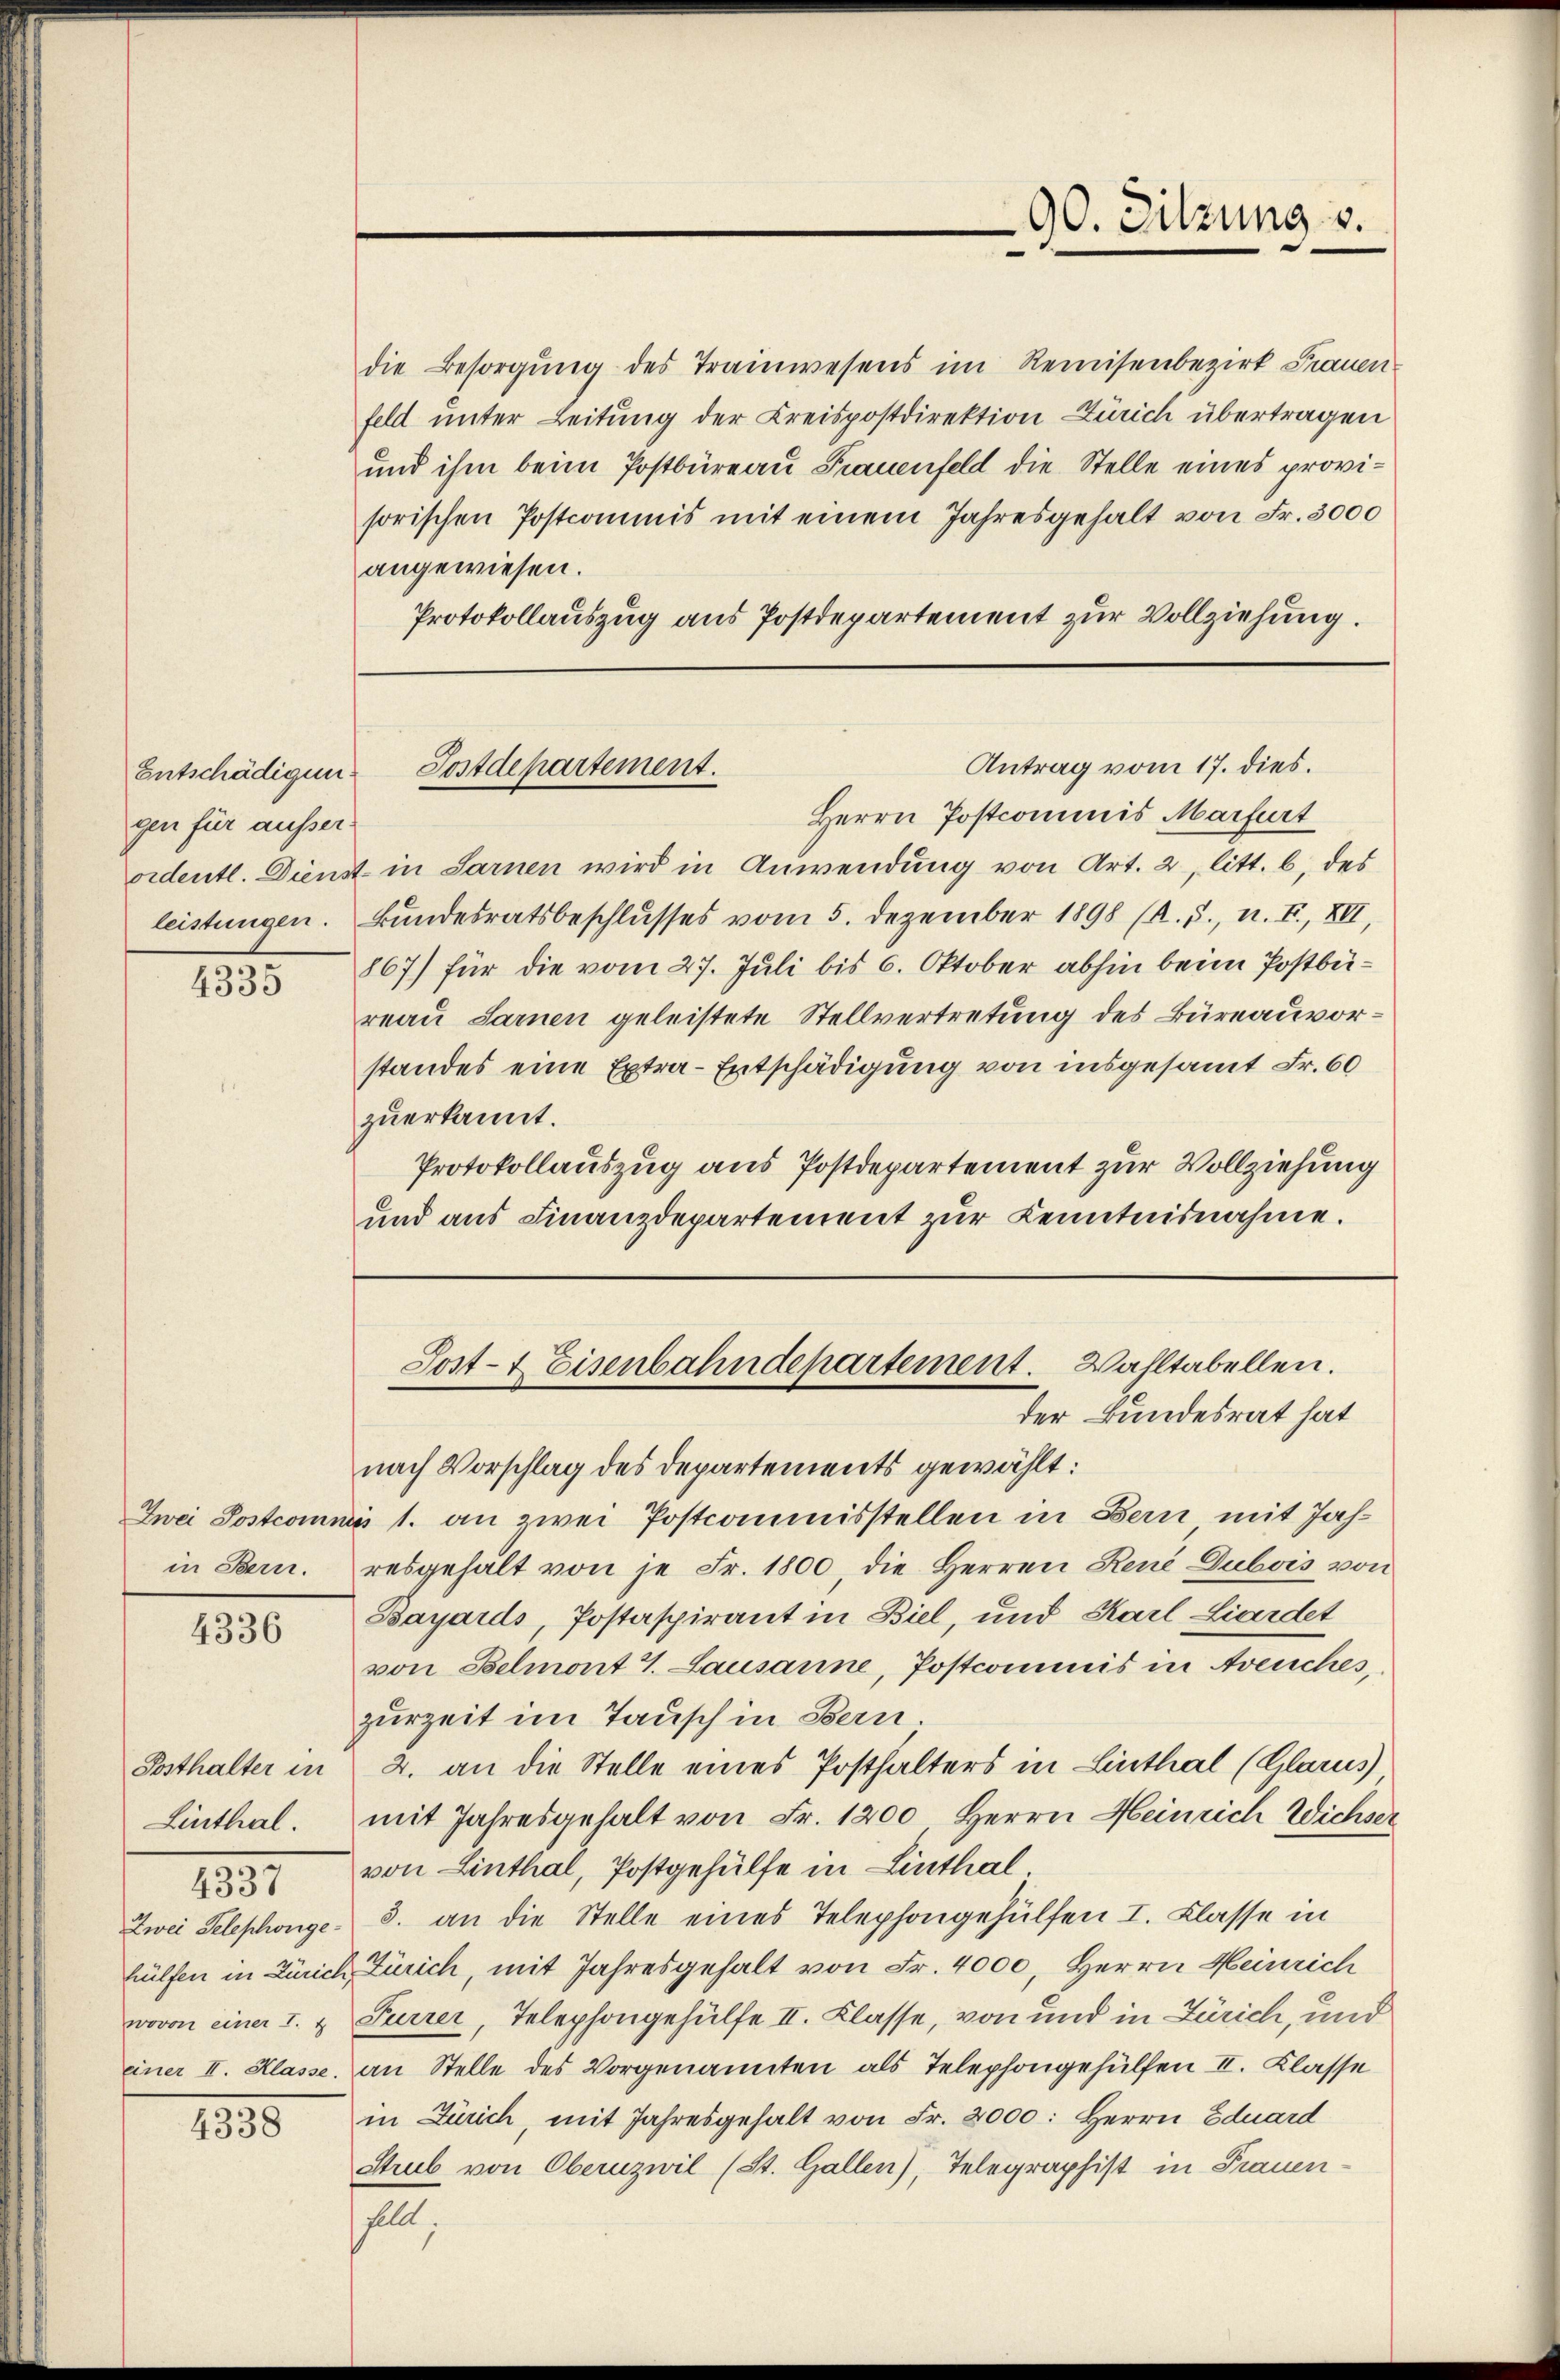
Entschädigung
gen für äusser¬

4335

in Bern.

4336

Linthal.

131

130

die Besorgung des Trainwesens im Reinisenbezirk Frauenfeld unter Leitung der Kreispostdirektion Zürich übertragen
und ihm beim Postbüreau Frauenfeld die Stelle eines provisorischen Postcommis mit einem Jahresgehalt von Fr. 3000
angewiesen.
Protokollauszug aus Postdepartement zur Vollziehung.

90. Sitzung v.

Antrag vom 17. dies.
Postdepartement.

Herrn Postcommis Marfurt
ordentl. Dienst in Sarnen wird in Anwendung von Art. 2, litt. b, des
leistungen. Bundesratsbeschlusses vom 5. Dezember 1898 (R. S., n. F., XII,
867) für die vom 27. Juli bis 6. Oktober abhin beim Postbüreau Sarnen geleistete Stellvertretung des Büreauvorstandes eine Extra-Entschädigung von insgesamt Fr. 60
zuerkannt.
Protokollauszug aus Postdepartement zur Vollziehung
und aus Finanzdepartement zur Kenntnisnahme.

Sost- & Eisenbahndepartement. Wahltabellen.
der Bundesrat hat

nach Vorschlag des Departements gewählt:
Zwei Postcomnis 1. an zwei Postcommisstellen in Bern mit Jahresgehalt von je Fr. 1800, die Herren René Dubois von
Bayaids, Postaspirant in Biel, und Karl Zierdet
von Belmont 4. Lausanne, Postcommis in Areuches,
zurzeit im Tausch in Bern.
Posthalter in 2. an die Stelle eines Posthalters in Linthal (Glarus
mit Jahresgehalt von Fr. 1200, Herrn Heinrich Wichser
von Linthal, Postgehülfe in Linthal
Zwei Telephonge- 3. an die Stelle eines Telephongehülfen I. Classe in
hülfen in Zürich Zürich, mit Jahresgehalt von Fr. 4000, Herrn Heinrich
wovon einer I. & Furrer, Telephongehülfe II. Klasse, von und in Zürich, und
einer II. Klasse, an Stelle des Vorgenannten als Telephongehülfen II. Klasse
in Zürich, mit Jahresgehalt von Fr. 2000: Herrn Eduard
Strub von Oberuzwil (St. Gallen), Telegraphist in Frauenhellt,